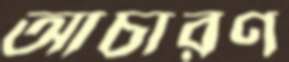
আচারণ